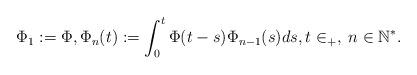
LaTeX: \begin{align*}\Phi_1:=\Phi, \Phi_n(t):=\int_0^t \Phi(t-s) \Phi_{n-1}(s) ds, t \in \real_+, \; n\in \mathbb{N}^*.\end{align*}